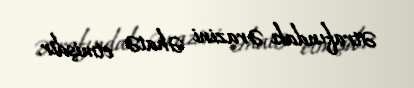
ətrafındakı ərazini əhatə etmişdir.